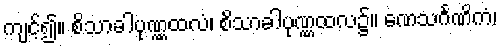
ကျင့်၍။ စိသာခါပုဏ္ဏထလံ၊ စိသာခါပုဏ္ဏထလ၌။ ဏေသင်္ဂဏိကံ၊